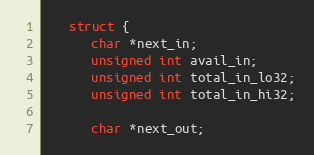
Language: C
   struct {
      char *next_in;
      unsigned int avail_in;
      unsigned int total_in_lo32;
      unsigned int total_in_hi32;

      char *next_out;